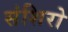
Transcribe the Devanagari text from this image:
संशिरो